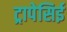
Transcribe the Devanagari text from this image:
ट्रापेसिई